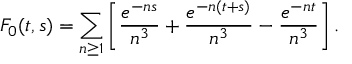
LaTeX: F _ { 0 } ( t , s ) = \sum _ { n \geq 1 } \left[ { \frac { e ^ { - n s } } { n ^ { 3 } } } + { \frac { e ^ { - n ( t + s ) } } { n ^ { 3 } } } - { \frac { e ^ { - n t } } { n ^ { 3 } } } \right] .